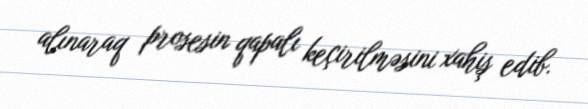
alınaraq prosesin qapalı keçirilməsini xahiş edib.